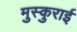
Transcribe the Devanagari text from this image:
मुस्कुराई